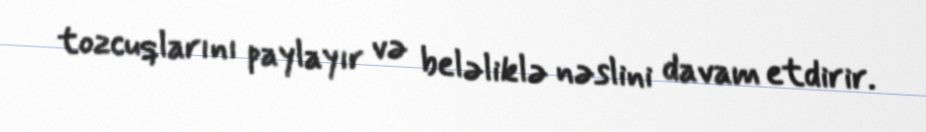
tozcuqlarını paylayır və beləliklə nəslini davam etdirir.